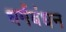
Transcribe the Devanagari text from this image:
धर्मबंधन